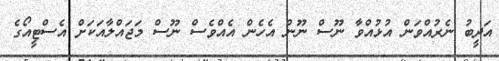
އަދީބު ނެރުއްވަން އުޅުއްވާ ނޫސް ނޫން އެހެން އެއްވެސް ނޫސް މަޖައްލާއަކަށް އެސްޓީއޯގެ